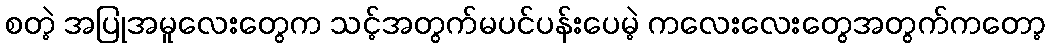
စတဲ့ အပြုအမူလေးတွေက သင့်အတွက်မပင်ပန်းပေမဲ့ ကလေးလေးတွေအတွက်ကတော့